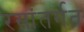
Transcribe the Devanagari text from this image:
रसांतर्गत